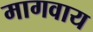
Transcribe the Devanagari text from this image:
मागवाय